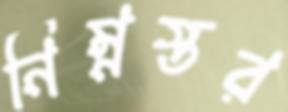
নিম্নস্তর